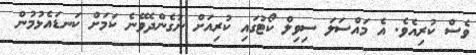
ވެސް ކުރިއެވެ. އެ މައްސަލަ ސިވިލް ކޯޓުގައި ކުރިއަށް ނުގެންދެވޭނެ ކަމަށް ކަނޑައެޅުމުން